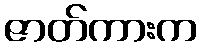
ဇာတ်ကားက